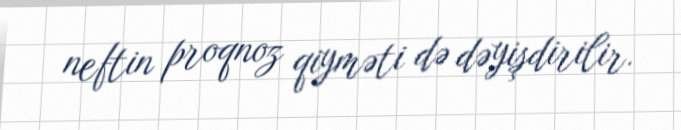
neftin proqnoz qiyməti də dəyişdirilir.